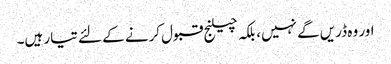
اور وہ ڈریں گے نہیں، بلکہ چیلنج قبول کرنے کے لئے تیار ہیں۔